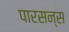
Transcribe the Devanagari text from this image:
पारसन्स